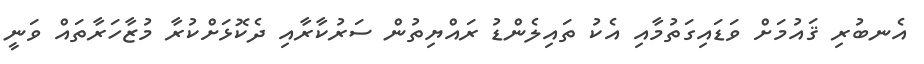
އެނބުރި ޤައުމަށް ވަޑައިގަތުމާއި އެކު ތައިލެންޑު ރައްޔިތުން ސަރުކާރާއި ދެކޮޅަށްކުރާ މުޒާހަރާތައް ވަނީ